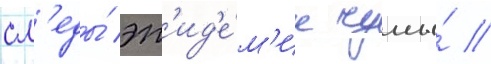
сл'еды́ эп'ид'е́м'ии чумы́ //